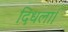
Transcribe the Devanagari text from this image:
दिधला।